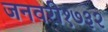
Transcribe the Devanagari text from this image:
जनवरी१७३२